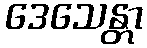
ဒေသေန္တာ